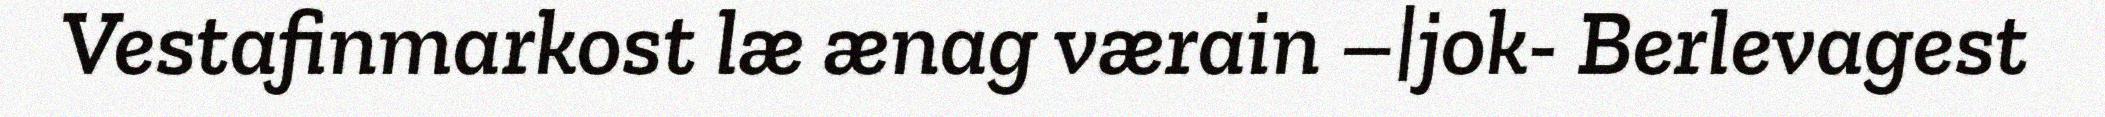
Vestafinmarkost læ ænag værain –|jok- Berlevagest